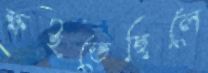
ক্ষইতেছিলে